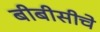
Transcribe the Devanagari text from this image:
बीबीसीचे